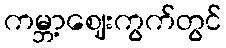
ကမ္ဘာ့ဈေးကွက်တွင်